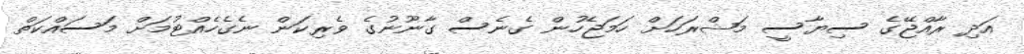
އަދި ރާއްޖޭގެ ސިޔާސީ މަޝްރަހަށް ހަމަޖެހުން ގެނެސް ގާނޫނުގެ ވެރިކަން ނެގެހެއްޓުމަށް މަސައްކަތް